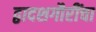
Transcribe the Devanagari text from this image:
द्वादशगौरींचा